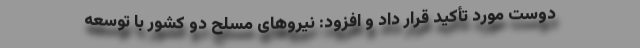
دوست مورد تأکید قرار داد و افزود: نیرو‌های مسلح دو کشور با توسعه